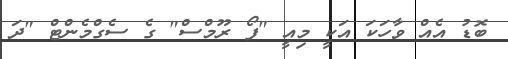
ބޮޑު އެއް ވާހަކަ އަކީ މިއީ "ފޯ ރޫމްސް" ގެ ސެގްމެންޓް "ދަ